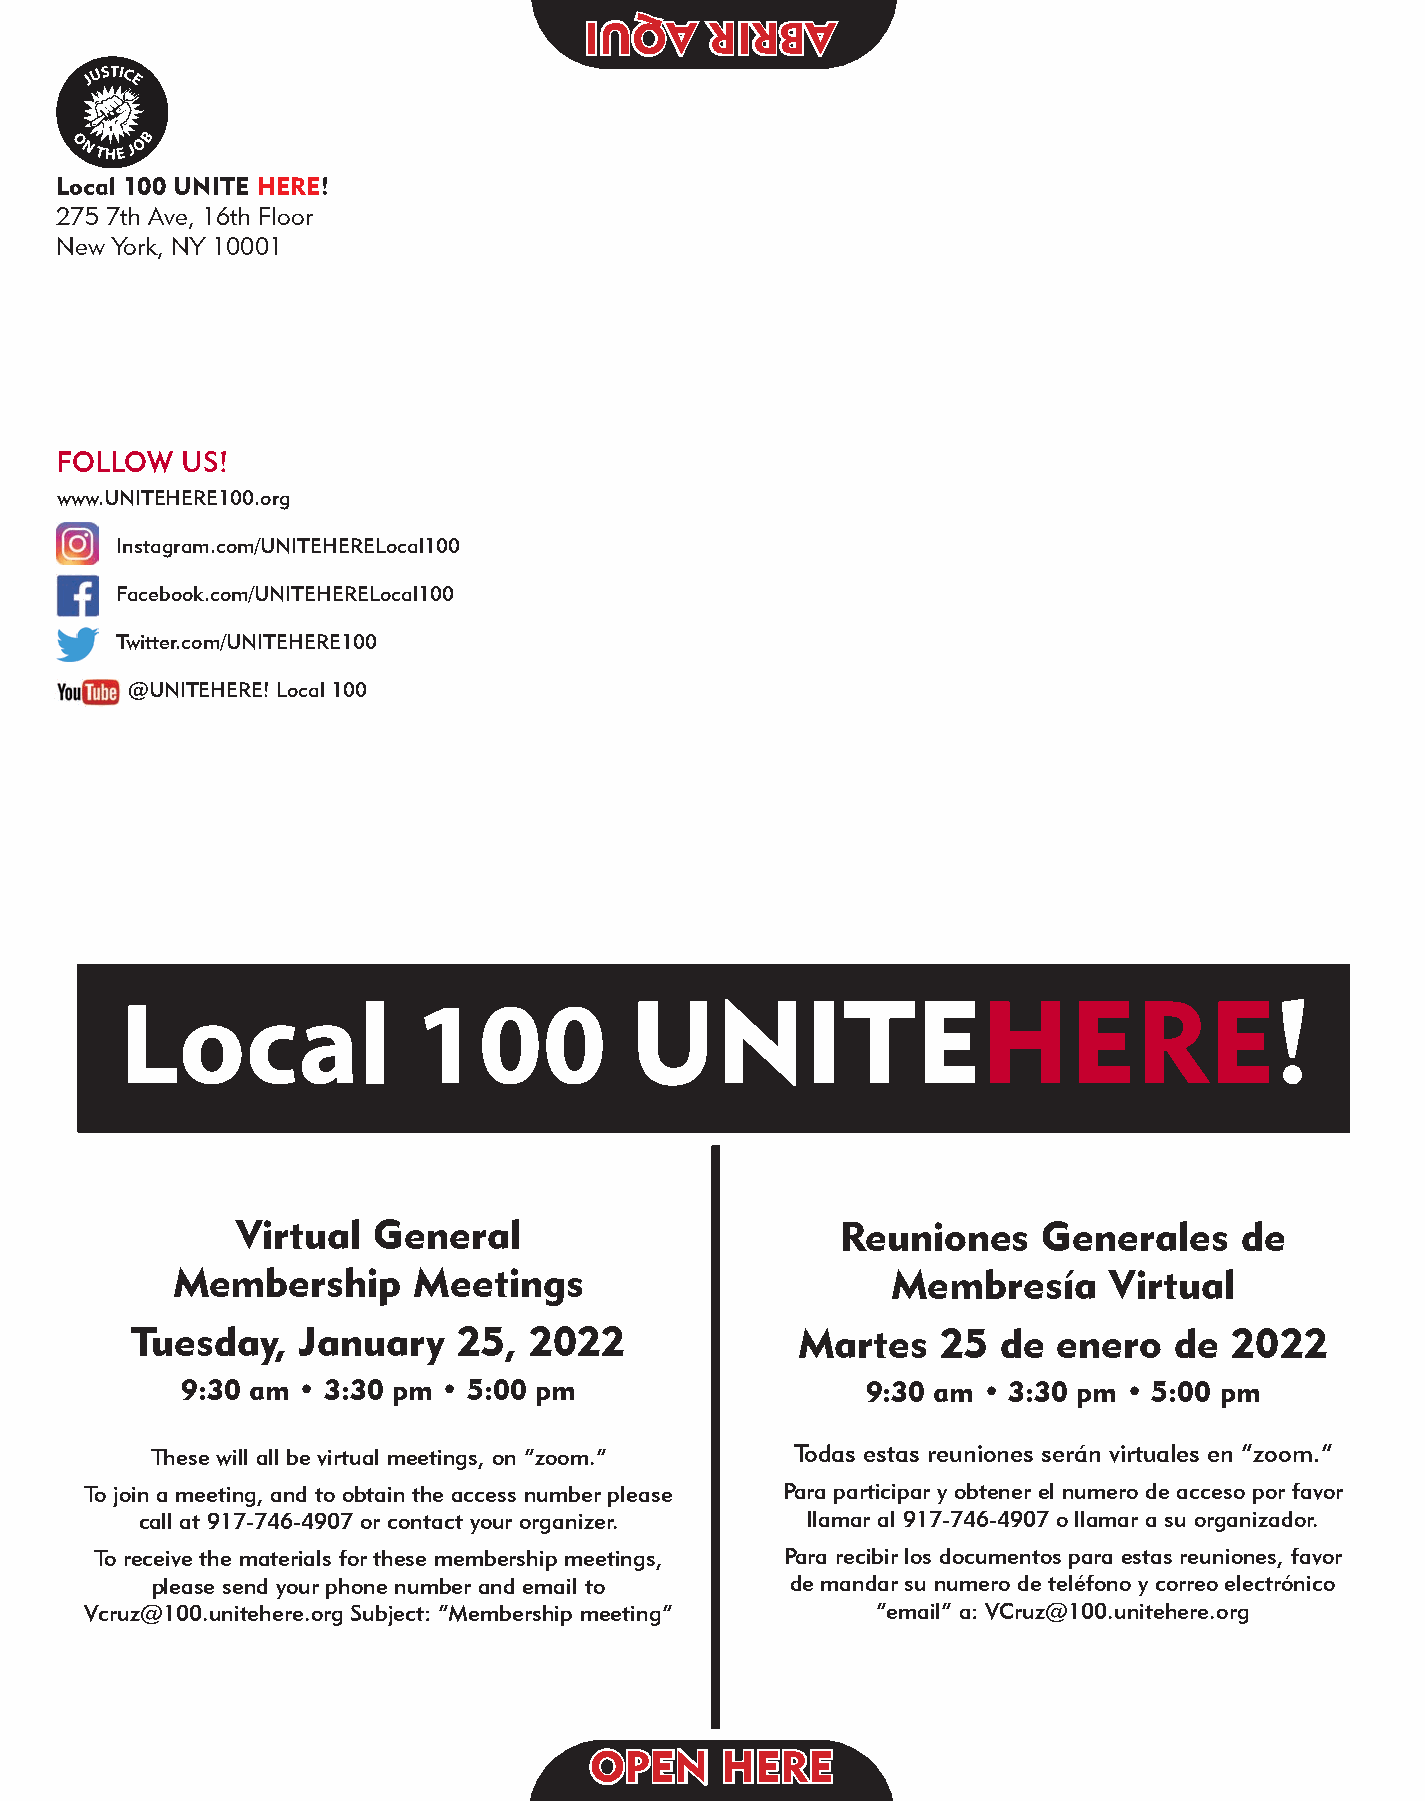
IIUUQQAA RRIIRRBBAA
 Local 100 UNITE HERE!
 275 7th Ave, 16th Floor
 New York, NY 10001
 FOLLOW  US!
 www.UNITEHERE100.org
 Instagram.com/UNITEHERELocal100
 Facebook.com/UNITEHERELocal100
 Twitter.com/UNITEHERE100
 @UNITEHERE! Local 100
 Local              100            UNITEHERE!
 Virtual  General                        Reuniones    Generales    de
 Membership      Meetings                        Membresía     Virtual
 Tuesday,   January   25,  2022              Martes   25  de  enero   de  2022
 9:30 am • 3:30 pm • 5:00 pm                  9:30 am • 3:30 pm • 5:00 pm
 These will all be virtual meetings, on “zoom.” Todas estas reuniones serán virtuales en “zoom.”
 To join a meeting, and to obtain the access number please Para participar y obtener el numero de acceso por favor
 call at 917-746-4907 or contact your organizer. llamar al 917-746-4907 o llamar a su organizador.
 To receive the materials for these membership meetings, Para recibir los documentos para estas reuniones, favor
 please send your phone number and email to de mandar su numero de teléfono y correo electrónico
 Vcruz@100.unitehere.org Subject: “Membership meeting” “email” a: VCruz@100.unitehere.org
 OOPPEENN HHEERREE